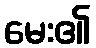
မေး၏